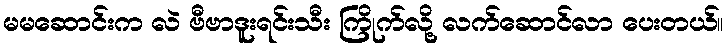
မမဆောင်းက လဲ ဗီဗာဒူးရင်းသီး ကြိုက်လို့ လက်ဆောင်လာ ပေးတယ်။